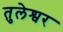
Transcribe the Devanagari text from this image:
तुलेश्वर